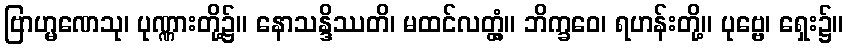
ဗြာဟ္မဏေသု၊ ပုဏ္ဏားတို့၌။ နောသန္ဒိဿတိ၊ မထင်လတ္တံ့။ ဘိက္ခဝေ၊ ရဟန်းတို့။ ပုဗ္ဗေ၊ ရှေး၌။